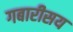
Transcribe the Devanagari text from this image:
गबारीसय